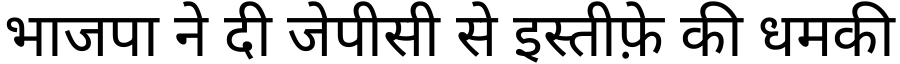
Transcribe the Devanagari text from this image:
भाजपा ने दी जेपीसी से इस्तीफ़े की धमकी